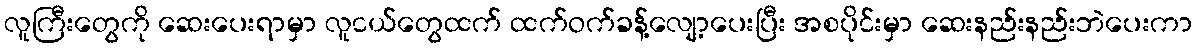
လူကြီးတွေကို ဆေးပေးရာမှာ လူငယ်တွေထက် ထက်ဝက်ခန့်လျော့ပေးပြီး အစပိုင်းမှာ ဆေးနည်းနည်းဘဲပေးကာ